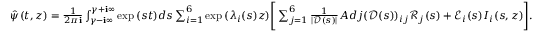
\begin{array} { r } { \hat { \psi } ( t , z ) = \frac { 1 } { 2 \pi \mathbf { i } } \int _ { \gamma - \mathbf { i } \infty } ^ { \gamma + \mathbf { i } \infty } \exp { ( s t ) } d s \sum _ { i = 1 } ^ { 6 } \exp { ( \lambda _ { i } ( s ) z ) } \Bigg [ \sum _ { j = 1 } ^ { 6 } \frac { 1 } { | \mathscr { D } ( s ) | } A d j ( \mathscr { D } ( s ) ) _ { i j } \mathscr { R } _ { j } ( s ) + \mathscr { E } _ { i } ( s ) I _ { i } ( s , z ) \Bigg ] . } \end{array}